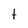
Character: t